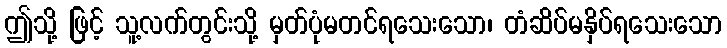
ဤသို့ ဖြင့် သူ့လက်တွင်းသို့ မှတ်ပုံမတင်ရသေးသော၊ တံဆိပ်မနှိပ်ရသေးသော